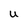
Character: U